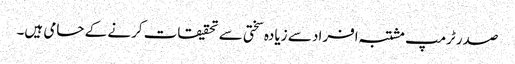
صدر ٹرمپ مشتبہ افراد سے زیادہ سختی سے تحقیقات کرنے کے حامی ہیں۔